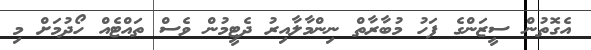
އެގޮތުން ސީޒަންގެ ފަހު މުބާރާތް ނިންމާލާއިރު ދެޓީމުން ވެސް ތައްޓެއް ހޯދުމަށް މި